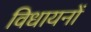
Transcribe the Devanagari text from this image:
विधायनों